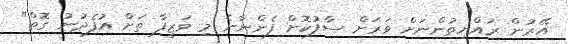
އޭރުން ރައްޔިތުންނަށް ވަރަށް ސާފުކޮށް ފެންނާނެ މި ވަޒީފާ ތަށް އުފެދުނު ގޮތް"